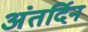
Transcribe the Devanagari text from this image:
अंतर्दिन